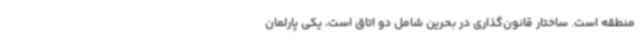
منطقه است. ساختار قانون‌گذاری در بحرین شامل دو اتاق است، یکی پارلمان